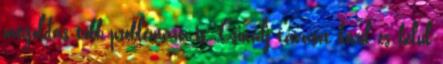
megoldás több problémára is. Csinálj tavaszt kívül és belül